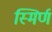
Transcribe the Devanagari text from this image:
स्मिर्ण